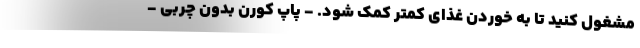
مشغول کنید تا به خوردن غذای کمتر کمک شود. - پاپ کورن بدون چربی -